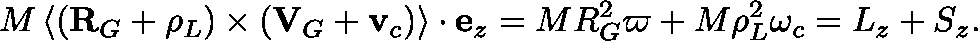
M \left\langle \left( \mathbf { R } _ { G } + \mathbf { \rho } _ { L } \right) \times \left( \mathbf { V } _ { G } + \mathbf { v } _ { c } \right) \right\rangle \cdot \mathbf { e } _ { z } = M R _ { G } ^ { 2 } \varpi + M \rho _ { L } ^ { 2 } \omega _ { c } = L _ { z } + S _ { z } .